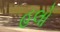
હલો